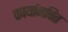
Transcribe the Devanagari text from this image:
कार्यानवित